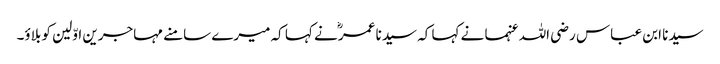
سیدنا ابن عباس رضی اللہ عنہما نے کہا کہ سیدنا عمرؓ نے کہا کہ میرے سامنے مہاجرین اوّلین کو بلاؤ۔